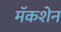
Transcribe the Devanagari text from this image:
मॅकशेन